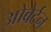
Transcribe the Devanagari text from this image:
ओबेर्टन